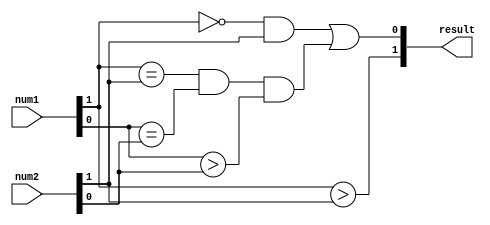
module signed_magnitude_comparator(
    input [1:0] num1,
    input [1:0] num2,
    output [1:0] result
);

wire sign_comp;
wire eq_mag;
wire greater;

assign sign_comp = num1[1] > num2[1];
assign eq_mag = (num1[1] == num2[1]) && (num1[0] == num2[0]);
assign greater = (num1[1] == 0) && (num2[1] == 1) || (eq_mag && (num1[0] > num2[0]));

assign result = {sign_comp, greater};

endmodule